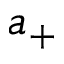
a _ { + }